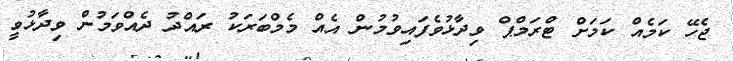
ޖެހޭ ކަމެއް ކަމަށް ޓްރަމްޕް ވިދާޅުވެފައިވުމުން އެއް މެމްބަރަކު ރައްދު ދެއްވަމުން ވިދާޅުވީ